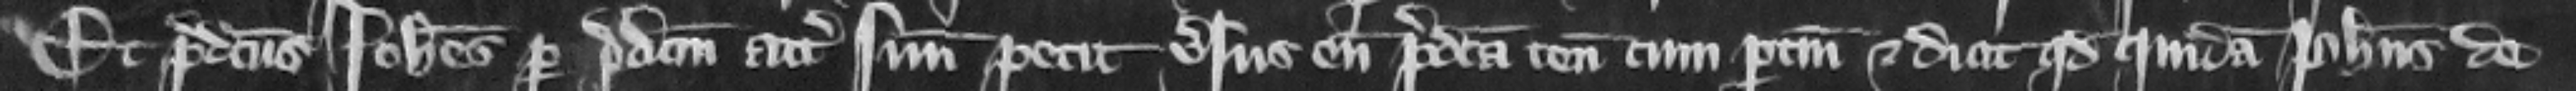
Et predictus Iohannes per predictum attornatum suum petit versus eum predicta tenementa cum pertinencis et dicit quod quidam Philippus de